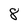
Character: 8